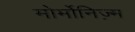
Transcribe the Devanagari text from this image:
मोर्मोनिज्‍़म